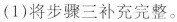
(1)将步骤三补充完整。